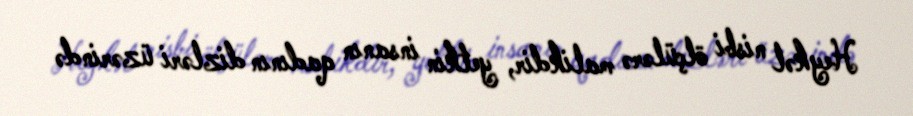
Heykəl nisbi ölçülərə malikdir, yetkin insanın qadının dizləri üzərində